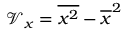
\mathcal { V } _ { x } = \overline { { x ^ { 2 } } } - \overline { { x } } ^ { 2 }